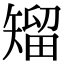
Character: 𥏵